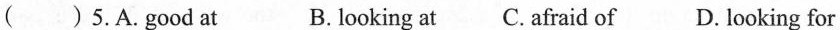
() 5.A.Good at B. looking at C. Afraid of D. looking for